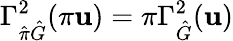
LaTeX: \Gamma_{\hat{\pi}\hat{G}}^{2}(\pi\mathbf{u})=\pi\Gamma_{\hat{G}}^{2}(\mathbf{u})